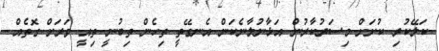
ކަލޭކުރި ކުށަށް މިސަރުކާރުން އަޅާނުލާނެކަން އެނގޭތީ ތިހެން ތިބުނީ ތިއީ ވަރަށް ގޮތެއް